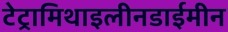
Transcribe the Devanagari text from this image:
टेट्रामिथाइलीनडाईमीन